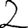
Digit: 2